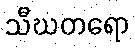
သီဃတရော